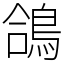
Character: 鴿